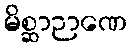
မိစ္ဆာဉာဏေ